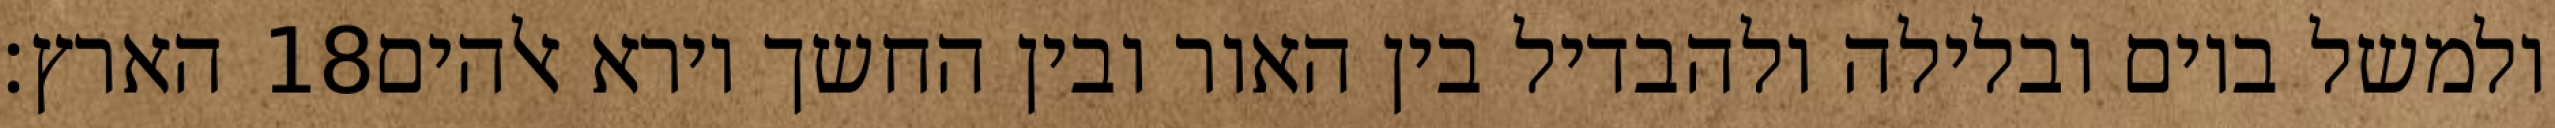
הארץ׃ ‎18‏ ולמשל ביום ובלילה ולהבדיל בין האור ובין החשך וירא אלהים